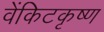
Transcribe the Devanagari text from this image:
वेंकिटकृष्ण